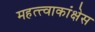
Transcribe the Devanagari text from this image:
महत्त्वाकांक्षेस